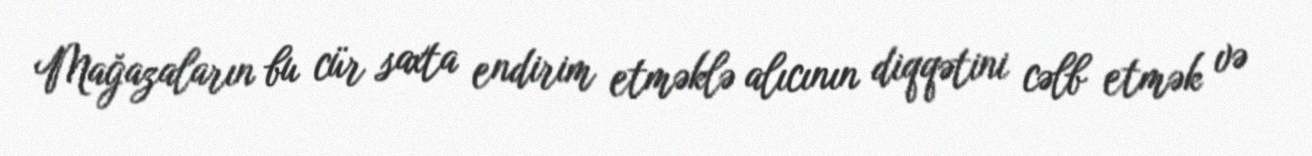
Mağazaların bu cür saxta endirim etməklə alıcının diqqətini cəlb etmək və